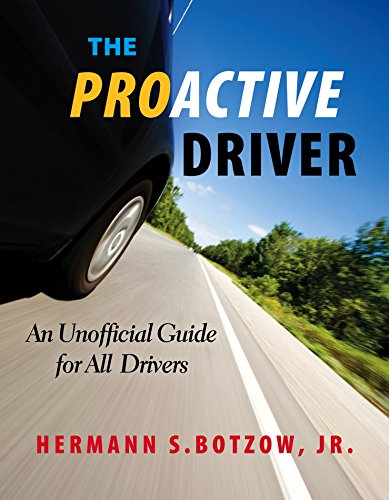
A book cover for The Proactive Driver: An Unofficial Guide for All Drivers; Hermann S. Botzow Jr.; Test Preparation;